Report of the Hyderabad Chloroform Commission
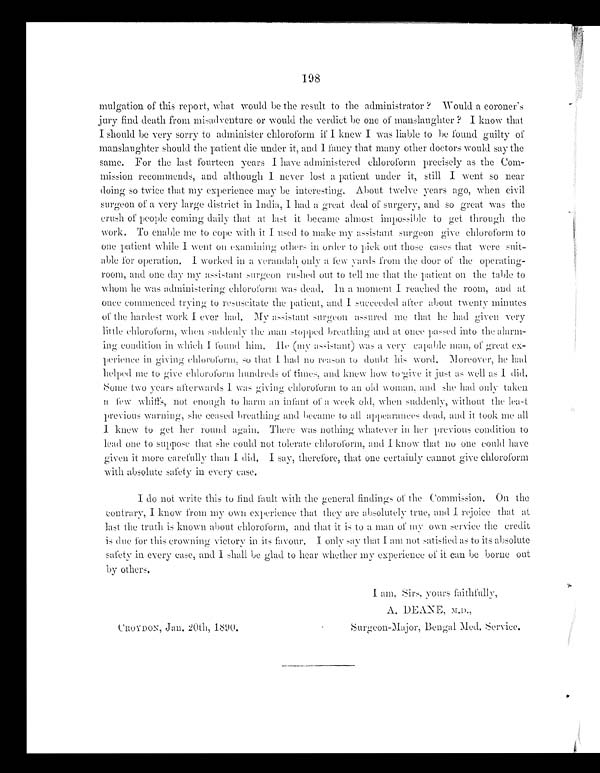
198
m u l t i g a t i o n o f t h i s r e p o r t , w h a t w o u l d b e t h e r e s u l t t o t h e a d m i n i s t r a t o r ? W o u l d a c o r o n e r ' s
jury find death from misadventure or would the verdict be one of manslaughter ? I know that
I should be very sorr y to administer chloroform if I knew I was liable to be found guilty of
manslaughter should the patient die under it, and I fancy that many other doctors would say the
same. For the last fourteen years I have administered chloroform precisely as the Com
- m i s s i o n r e c o m m e n d s , a n d a l t h o u g h I n e v e r l o s t a p a t i e n t u n d e r i t , s t i l l I w e n t s o n e a r
doing so twice that my experience may be interesting. About twelve years ago, when civil
surgeon of a very large district in India, I had a great deal of surgery, and so great was the
crush of people coming daily that at List it became almost impossible to get through the
work. To enable me to cope with it I used to make my assistant surgeon give chloroform to
one patient while I went on examining others in order to pick out those cases that were suit
-able for operation. I worked in a verandah only a few yards from the door of the operating
- r o o m , a n d o n e d a y m y a s s i s t a n t s u r g e o n r u s h e d o u t t o t e l l m e t h a t t h e p a t i e n t o n t h e t a b l e t o
whom he was administering chloroform was dead. In a moment I reached the room, and at
once commenced trying to resuscitate the patient, and I succeeded after about twenty minutes
of the hardest work I ever had. My assistant surgeon assured me that he had given very
little chloroform, when suddenly the man stopped breathing and at once passed into the alarm
-ing condition in which I found him. He (my assistant) was a very capable man, of great ex
-perience in giving chloroform, so that I had no reason to doubt his word. Moreover, he had
helped me to give chloroform hundreds of times, and knew how to give it just as well as I did.
S ome two years afterwards I was giving chloroform to an old woman, and she had only taken
a few whiffs, not enough to harm an infant of a week old, when suddenly, without the least
previous warning, she ceased breathing and became to all a ppearances dead, and it took me all
1 knew to get her round again. There was nothing whatever in her previous condition to
lead one to suppose that she could not tolerate chloroform, and I know that no one could have
given it more carefully than I did. I say, therefore, that one certainly cannot give chloroform
with absolute safety in every case.
I do not wr i t e t hi s t o f i nd f aul t wi t h t he gener al f i ndi ngs of t he Commi ssi on. On t he
contrar y, I know from m y own experience that they are absolutely true, and I rejoice that at
last the truth is known about chloroform, and that it is to a man of my own service the credit
is due for this crowning victory in its favour. I only say that I am not satisfied as to its absolute
safety in every case, and I shall be glad to hear whether my experience of it can be borne out
by others.
I am, Sirs, yours faithfully,
A. DEANE, M.D.,
CROYDON, Jan. 20th, 1890.
Surgeon-Major, Bengal Med. Service.